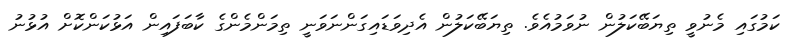
ކަމުގައި މެނުވީ ތިޔަބޭކަލުން ނުވަމުއެވެ. ތިޔަބޭކަލުން އެދިވަޑައިގަންނަވަނީ ތިމަންމެންގެ ކާބަފައިން އަޅުކަންކޮށް އުޅުނު